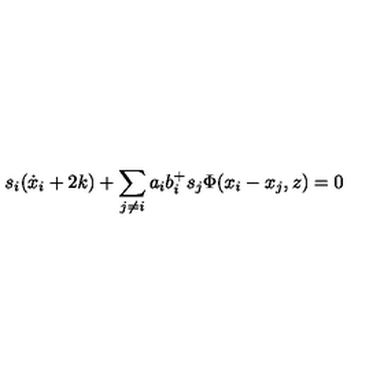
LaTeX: s _ { i } ( \dot { x } _ { i } + 2 k ) + \sum _ { j \neq i } a _ { i } b _ { i } ^ { + } s _ { j } \Phi ( x _ { i } - x _ { j } , z ) = 0